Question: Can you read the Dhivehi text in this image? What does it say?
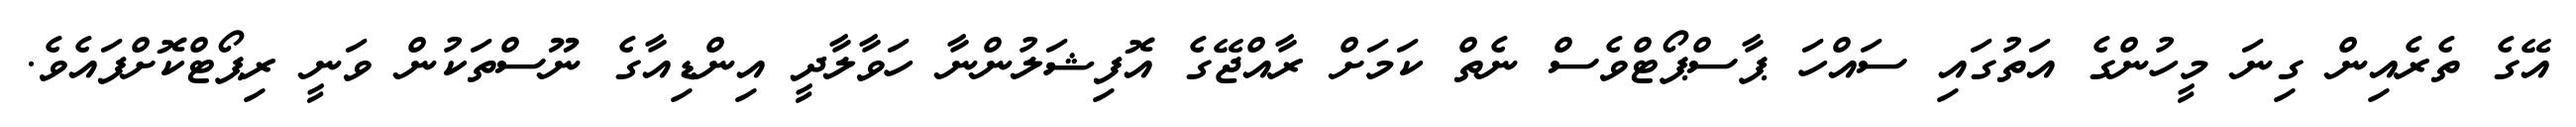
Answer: އޭގެ ތެރެއިން ގިނަ މީހުންގެ އަތުގައި ސައްހަ ޕާސްޕޯޓްވެސް ނެތް ކަމަށް ރާއްޖޭގެ އޮފިޝަލުންނާ ހަވާލާދީ އިންޑިއާގެ ނޫސްތަކުން ވަނީ ރިޕޯޓްކޮށްފައެވެ.